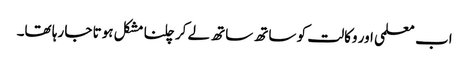
اب معلمی اور وکالت کو ساتھ ساتھ لے کر چلنا مشکل ہوتا جا رہا تھا۔